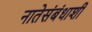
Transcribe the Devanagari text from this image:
नातेसंबंधाशी